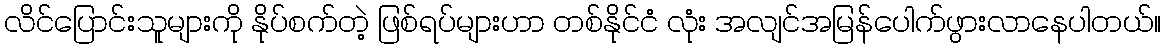
လိင်ပြောင်းသူများကို နိုပ်စက်တဲ့ ဖြစ်ရပ်များဟာ တစ်နိုင်ငံ လုံး အလျင်အမြန်ပေါက်ဖွားလာနေပါတယ်။